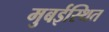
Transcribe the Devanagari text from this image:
मुबईस्थित